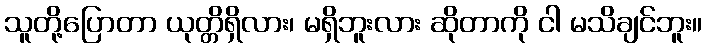
သူတို့ပြောတာ ယုတ္တိရှိလား၊ မရှိဘူးလား ဆိုတာကို ငါ မသိချင်ဘူး။